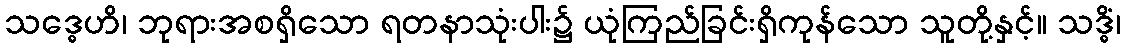
သဒ္ဓေဟိ၊ ဘုရားအစရှိသော ရတနာသုံးပါး၌ ယုံကြည်ခြင်းရှိကုန်သော သူတို့နှင့်။ သဒ္ဓိံ၊